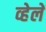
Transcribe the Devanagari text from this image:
व्हेलें